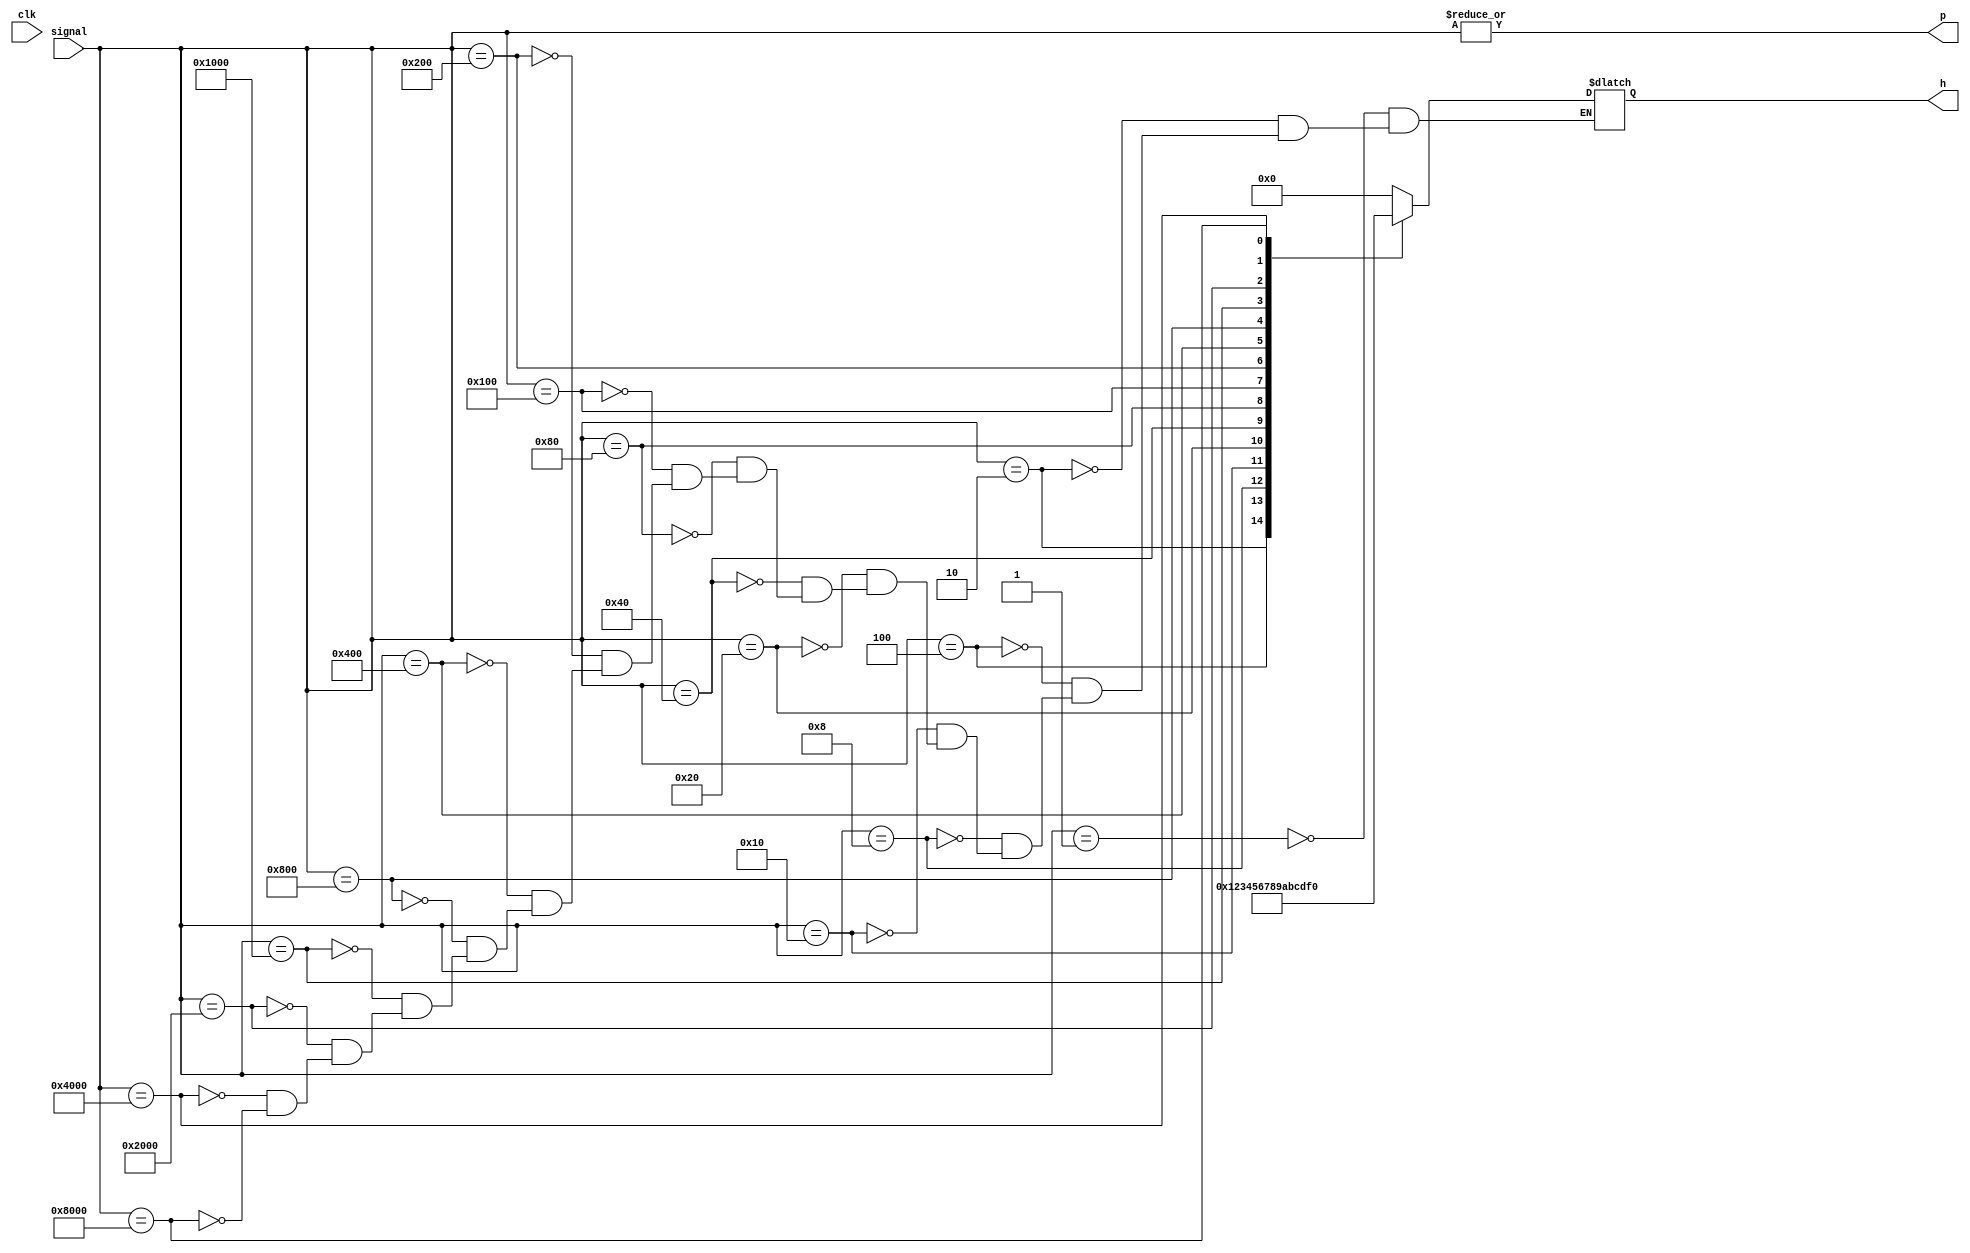
`timescale 1ns / 1ps
//////////////////////////////////////////////////////////////////////////////////
// Company: 
// Engineer: 
// 
// Design Name: 
// Module Name: ENCODER16
// Project Name: 
// Target Devices: 
// Tool Versions: 
// Description: 
// 
// Dependencies: 
// 
// Revision:
// Revision 0.01 - File Created
// Additional Comments:
// 
//////////////////////////////////////////////////////////////////////////////////


module ENCODER16 (
    input clk,
    input [15:0] signal,
    output reg [3:0] h,
    output p
);
    always@(*) begin
        case(signal)
            16'h0001: h = 4'h0;
            16'h0002: h = 4'h1;
            16'h0004: h = 4'h2;
            16'h0008: h = 4'h3;
            16'h0010: h = 4'h4;
            16'h0020: h = 4'h5;
            16'h0040: h = 4'h6;
            16'h0080: h = 4'h7;
            16'h0100: h = 4'h8;
            16'h0200: h = 4'h9;
            16'h0400: h = 4'ha;
            16'h0800: h = 4'hb;
            16'h1000: h = 4'hc;
            16'h2000: h = 4'hd;
            16'h4000: h = 4'he;
            16'h8000: h = 4'hf;
        endcase
    end
    assign p = |signal;

endmodule